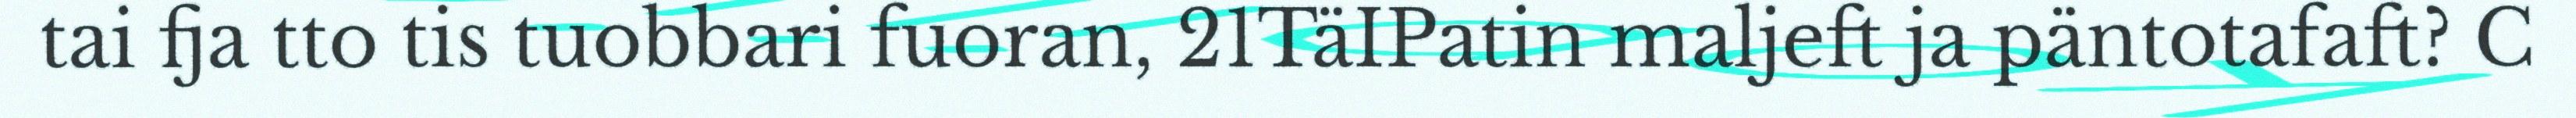
tai fja tto tis tuobbari fuoran, 21TäIPatin maljeft ja päntotafaft? C